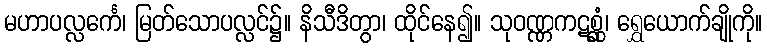
မဟာပလ္လင်္ကေ၊ မြတ်သောပလ္လင်၌။ နိသီဒိတွာ၊ ထိုင်နေ၍။ သုဝဏ္ဏကဋစ္ဆုံ၊ ရွှေယောက်ချိုကို။